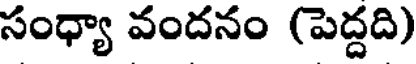
సంధ్యా వందనం (పెద్దది)